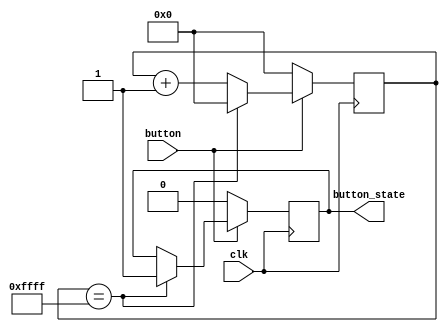
`timescale 1ns / 1ps
//////////////////////////////////////////////////////////////////////////////////
// Company: 
// Engineer: 
// 
// Design Name: 
// Module Name:    debouncer 
// Project Name: 
// Target Devices: 
// Tool versions: 
// Description: 
//
// Dependencies: 
//
// Revision: 
// Revision 0.01 - File Created
// Additional Comments: 
//
//////////////////////////////////////////////////////////////////////////////////

//This debouncer uses a high sampling frequency to determine the state of the button
module debouncer(
	input button,
	input clk,
	output button_state
    );
	 
reg button_state_reg = 0;

reg [15:0] counter;

always @ (posedge clk)
begin
	if(button == 0) //If the button is idle, not pressed
	begin
		counter <= 0;
		button_state_reg <= 0;
	end
	else
	begin
		counter <= counter + 1'b1;
		if(counter == 16'hffff) //We hit counter max (all 1's)
		begin
			button_state_reg <= 1;
			counter <= 0;
		end
	end
end

assign button_state = button_state_reg;

endmodule